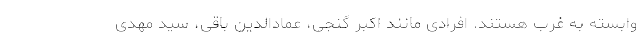
وابسته به غرب هستند. افرادی مانند اکبر گنجی، عمادالدین باقی، سید مهدی